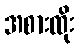
အစားထိုး